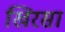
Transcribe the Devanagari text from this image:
खिरसा